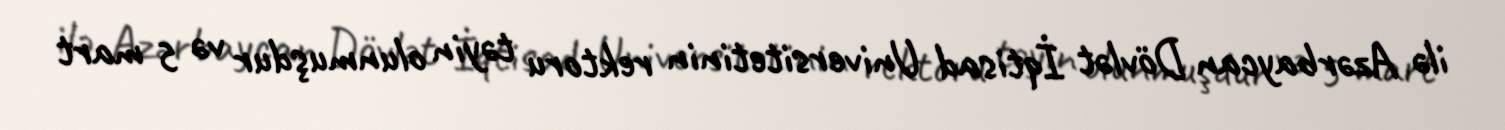
ilə Azərbaycan Dövlət İqtisad Universitetinin rektoru təyin olunmuşdur və 5 mart